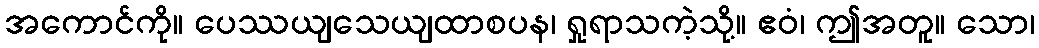
အကောင်ကို။ ပေဿယျသေယျထာစပန၊ ရှုရာသကဲ့သို့။ ဧဝံ၊ ဤအတူ။ သော၊